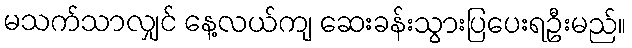
မသက်သာလျှင် နေ့လယ်ကျ ဆေးခန်းသွားပြပေးရဦးမည်။